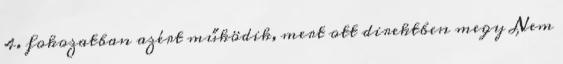
4. fokozatban azért működik, mert ott direktben megy Nem